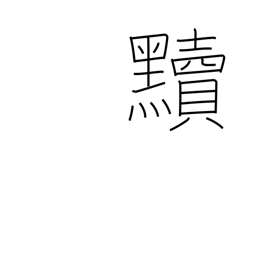
Meaning: make dirty